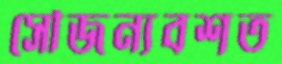
সৌজন্যবশত